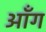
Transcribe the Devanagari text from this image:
ऑंग